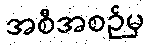
အစီအစဉ်မှ